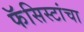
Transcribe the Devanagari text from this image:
फॅसिस्टांचा